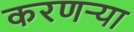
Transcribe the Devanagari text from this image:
करणर्‍या